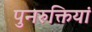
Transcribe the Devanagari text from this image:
पुनरुक्तियां